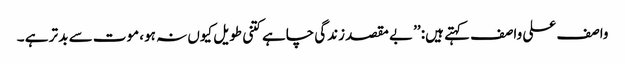
واصف علی واصف کہتے ہیں: ’’بے مقصد زندگی چاہے کتنی طویل کیوں نہ ہو، موت سے بد تر ہے ۔